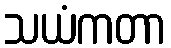
သယံကတာ